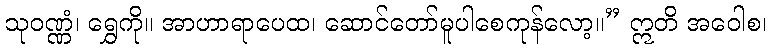
သုဝဏ္ဏံ၊ ရွှေကို။ အာဟာရာပေထ၊ ဆောင်တော်မူပါစေကုန်လော့။” ဣတိ အဝေါစ၊